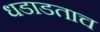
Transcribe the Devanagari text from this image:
धडाडताच